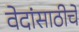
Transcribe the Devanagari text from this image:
वेदांसाठीचे